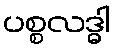
ပစ္စလဒ္ဓါ